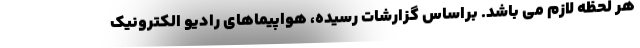
هر لحظه لازم می باشد. براساس گزارشات رسیده، هواپیماهای رادیو الکترونیک